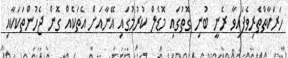
ހަރަކާތްތެރިވެފައިވާ ރެނީ ބުނި ގޮތުގައި މޮޑެލް ކުރުމުގައި އޭނާއަށް އެތަކެއް ގޮން ޖެހުންތަކަކާއި